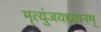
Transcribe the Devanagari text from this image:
मृत्युंजयध्यानम्‌